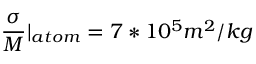
\frac { \sigma } { M } | _ { a t o m } = 7 * 1 0 ^ { 5 } m ^ { 2 } / k g